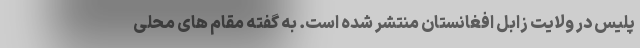
پلیس در ولایت زابل افغانستان منتشر شده است. به گفته مقام های محلی